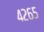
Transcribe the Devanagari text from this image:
४२६५